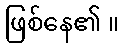
ဖြစ်နေ၏ ။